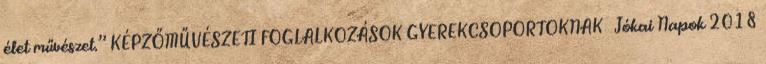
élet művészet.” KÉPZŐMŰVÉSZETI FOGLALKOZÁSOK GYEREKCSOPORTOKNAK Jókai Napok 2018